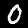
Digit: 0